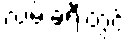
လမ်းခရီးတွင်